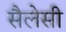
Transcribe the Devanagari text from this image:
सैलेसी